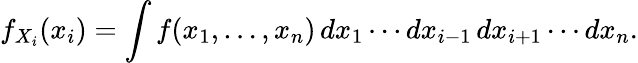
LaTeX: f_{X_{i}}(x_{i})=\int f(x_{1},\ldots,x_{n})\, dx_{1}\cdots dx_{i-1}\, dx_{i+1}\cdots dx_{n}.